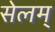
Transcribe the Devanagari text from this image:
सेलम्